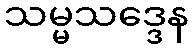
သမ္မသဒ္ဒေန